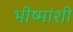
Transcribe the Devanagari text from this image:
भीष्मांशी